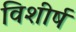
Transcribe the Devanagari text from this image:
विशीर्ष